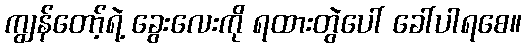
ကျွန်တော့်ရဲ့ ခွေးလေးကို ရထားတွဲပေါ် ခေါ်ပါရစေ။